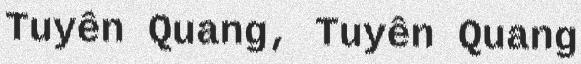
Tuyên Quang, Tuyên Quang